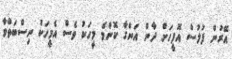
އޭރުން ފުލުސް އޮފީހަށް ދާން އަންގާ ކޮންމެ މީހަކު ވެސް އެމީހަކު ނިސްބަތްވާ